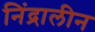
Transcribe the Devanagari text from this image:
निंद्रालीन